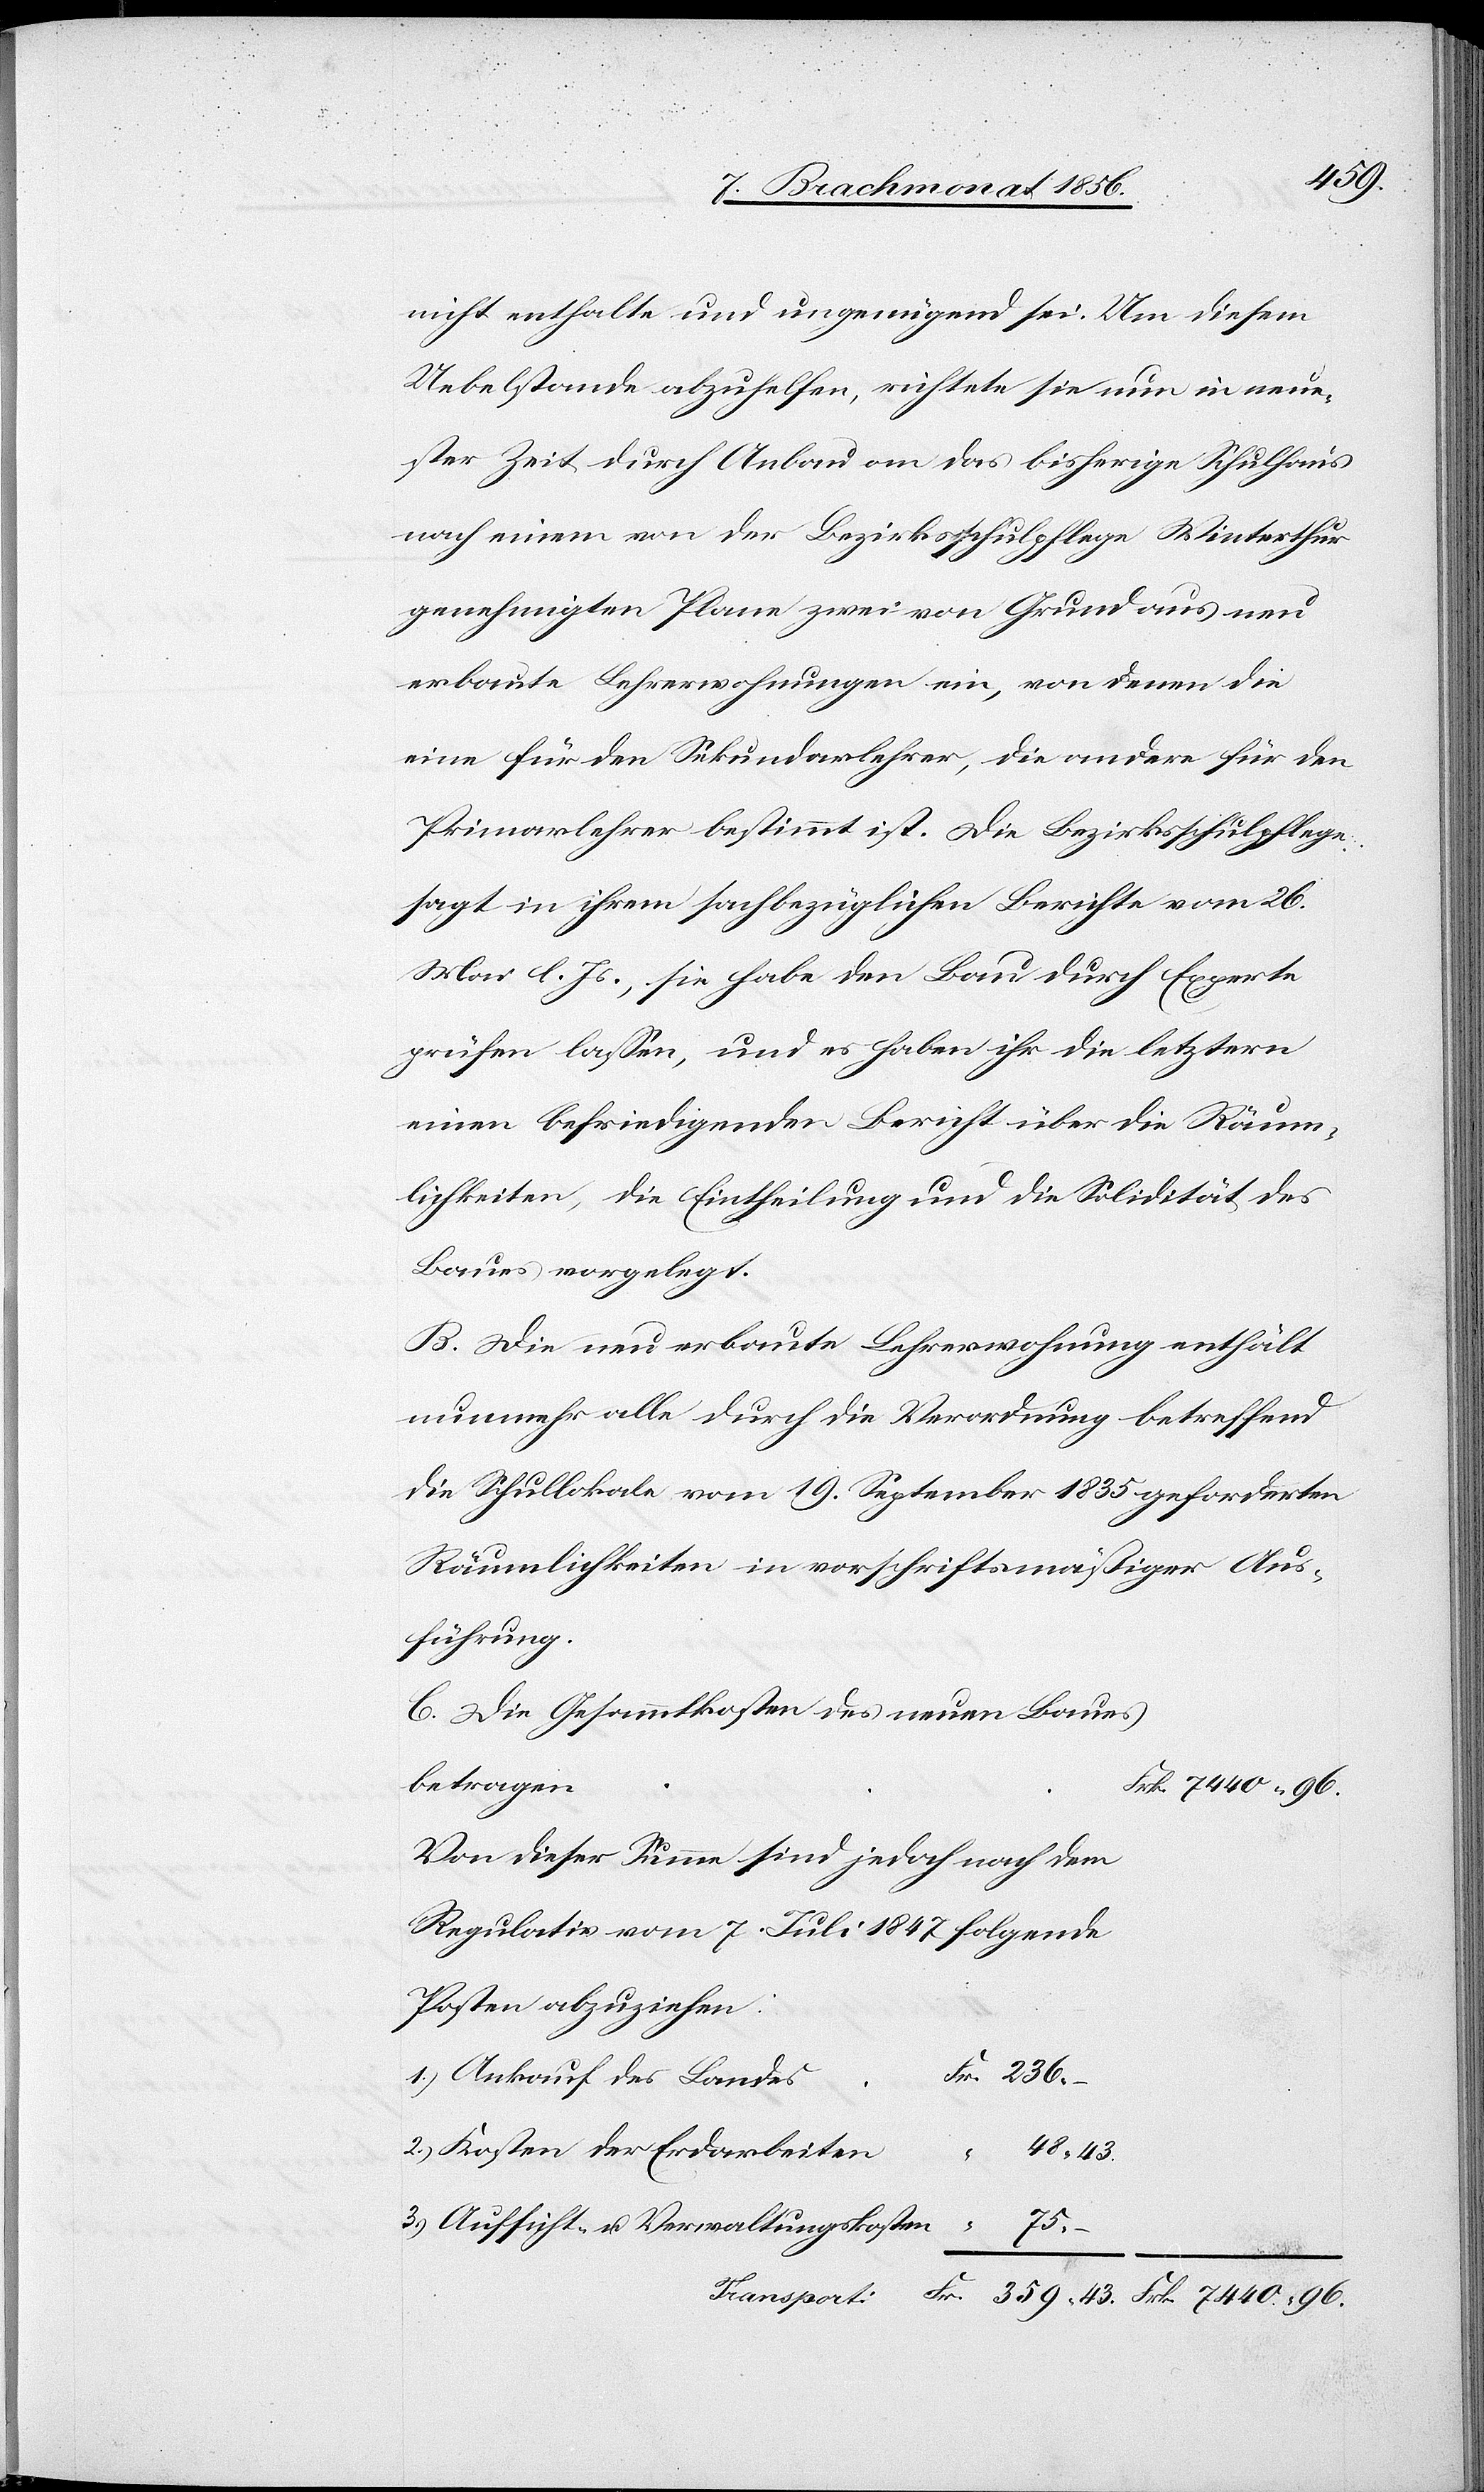
7440.
nicht enthalte und ungenügend sei. Um diesem
Uebelstande abzuhelfen, richtete sie nun in neue¬
ster Zeit durch Anbau an das bisherige Schulhaus
nach einem von der Bezirksschulpflege Winterthur
genehmigten Plane zwei von Grund aus neu
erbaute Lehrerwohnungen ein, von denen die
eine für den Sekundarlehrer, die andere für den
Primarlehrer bestimmt ist. Die Bezirksschulpflege
sagt in ihrem sachbezüglichen Berichte vom 26.
Mai l. Js., sie habe den Bau durch Experte
prüfen lassen, und es haben ihr die letztern
einen befriedigenden Bericht über die Räum¬
lichkeiten, die Eintheilung und die Solidität des
Baues vorgelegt.
B. Die neu erbaute Lehrerwohnung enthält
nunmehr alle durch die Verordnung betreffend
die Schullokale vom 19. September 1835 geforderten
Räumlichkeiten in vorschriftsmäßiger Aus¬
führung.
C. Die Gesammtkosten des neuen Baues
betragen
Von dieser Summe sind jedoch nach dem
Regulativ vom 7. Juli 1847 folgende
Posten abzuziehen:
1.) Ankauf des Landes
2.) Kosten der Erdarbeiten
48.
3.) Aufsicht- u. Verwaltungskosten
75.